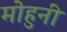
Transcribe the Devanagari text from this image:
मोहुनी